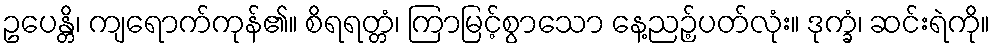
ဥပေန္တိ၊ ကျရောက်ကုန်၏။ စိရရတ္တံ၊ ကြာမြင့်စွာသော နေ့ညဉ့်ပတ်လုံး။ ဒုက္ခံ၊ ဆင်းရဲကို။